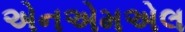
એનએમએલ